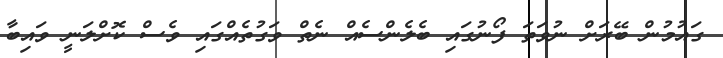
ގައުމުން ބޭރަށް ނުވަތަ ފޯނުގައި ބެލެންސެއް ނެެތް ވަގުތެއްގައި ވެސް ކޮށްލަނީ ވައިބާ